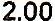
2.00